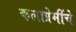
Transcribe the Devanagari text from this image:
कलाप्रेमींचे